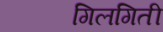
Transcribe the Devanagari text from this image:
गिलगिती